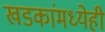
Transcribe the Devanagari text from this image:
खडकांमध्येही